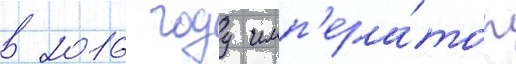
в 2016 году имп'ера́тор